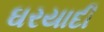
ઘરયાદી